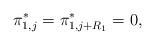
LaTeX: \begin{align*}\pi^*_{1,j} = \pi^*_{1,j+R_1} = 0, \end{align*}